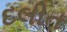
દલીત